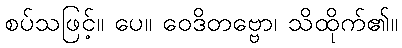
စပ်သဖြင့်။ ပေ။ ဝေဒိတဗ္ဗော၊ သိထိုက်၏။